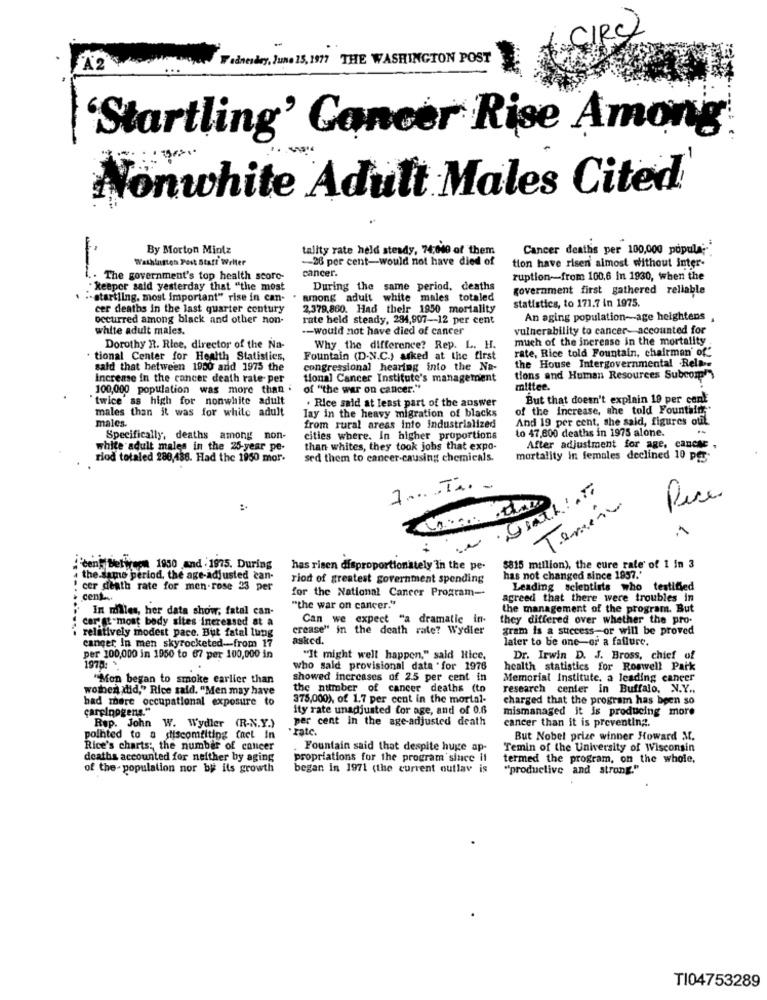
CIRC)
A2 Vidnesdry, June 15, 1977 THE WASHINGTON POST
'Startling' Cancer Rise Among
Nonwhite Adult Males Cited
By Morton Mintz
tality rate held steady, 74:040 of them
Cancer deaths per 100,000 popula;
Washington Post Statt Weller
-- 26 per cent-would not have died of
tion have risen almost without inter-
cancer.
-
The government's top health score-
ruption-from 100,6 In 1930, when the
keeper said yesterday that "the most
During the
same period, deaths
government first gathered reliable
"-startling. most important" rise in can-
among adult white males totaled
cer deaths in the last quarter century
2,379,860. Had their 1950 mortality
statistics, to 171.7 in 1975.
occurred among black and other non-
rate held steady, 294,997 -- 12 per cent
An aging population-age heightens ,
white adult males.
-- would not have died of cancer
vulnerability to cancer- accounted for
much of the increase in the mortality
Dorothy R. Rice, director of the Na-
Why the difference? Rep. L. H.
rate, Rice told Fountain, chairman' of"
· tional Center for Health Statistics,
Fountain (D-N.C.) asked at the first
said that between 1950 and 1975 the
congressional hearing into the Na-
the House Intergovernmental Rela-
Increase in the cancer death rate- per
tional Cancer Institute's management
tions and Human Resources Subcom')
100,000 population was more than .
of "the war on cancer."
mittee.
"twice as high for nonwhite adult
. Rice said at least part of the answer
But that doesn't explain 19 per cent
males than it was for white adult
lay in the heavy migration of blacks
of the increase, she told Fountain.
males.
And 19 per cent, she said, figures otil
from rural areas into industrialized
to 47,800 deaths in 1975 alone.
Specifically, deaths among n
cities where. In higher proportions
white adult males in the 25-year pe-
than whites, they took jobs that expo-
After adjustment for age, cancac
riod totaled 280,438. Had the 1950 mor.
sed them to cancer-causing chemicals.
mortality in females declined 10 pfs-
1 ..... I .. .
Pice
Termina
ceny Between 1950 and . 1975. During
has risen disproportionately In the pe-
$815 million), the cure rate' of 1 in 3
the same period, the age-adjusted can-
riod of greatest government spending
has not changed since 1957."
! cer death rate for men-rose 23 per
for the National Cancer Program-
Leading scientists who
testified
cent ...
agreed that there were troubles in
In miles, her data show; fatal can-
"the war on cancer."
the management of the program. But
car et most body sites increased at a
Can we expect "a dramatic in-
they differed over whether the pro.
. relitively modest pace. But fatal lung
crease" in the death rate? Wydler
gram is a success or will be proved
asked.
later to be one-or a failure.
canger, In men skyrocketed-from 17
per 100,000 in 1950 to 67 per 100,000 in
"It might well happen," said Rice,
Dr. Irwin D. J. Bross, chief of
1970: *.
who said provisional data for 1976
health statistics for Roswell Park
"Mon began to smoke earlier than
showed increases of 2.5 per cent in
Memorial Institute, a leading cancer
women did," Rice said. "Men may have
the number of cancer deaths (to
research center in Buffalo, N.Y ..
had more occupational exposure to
375,000), of 1.7 per cent in the mortal-
charged that the program has been so
carcinogens."
ity rate unadjusted for age, and of 0.6
mismanaged it is producing more
per cent in the age-adjusted death
cancer than it is preventing.
Rep. John W. Wydler (R-N.Y.)
"rate.
pointed to a discomfiting (nel In
But Nobel prize winner Howard M.
Rice's charts: the number of cancer
Fountain said that despite huge ap-
Temin of the University of Wisconsin
deaths accounted for neither by aging
propriations for the program since il
termed the program, on the whole.
of the- population nor bi its growth
began in 1971 (the current outlav is
"productive and strong."
TI04753289